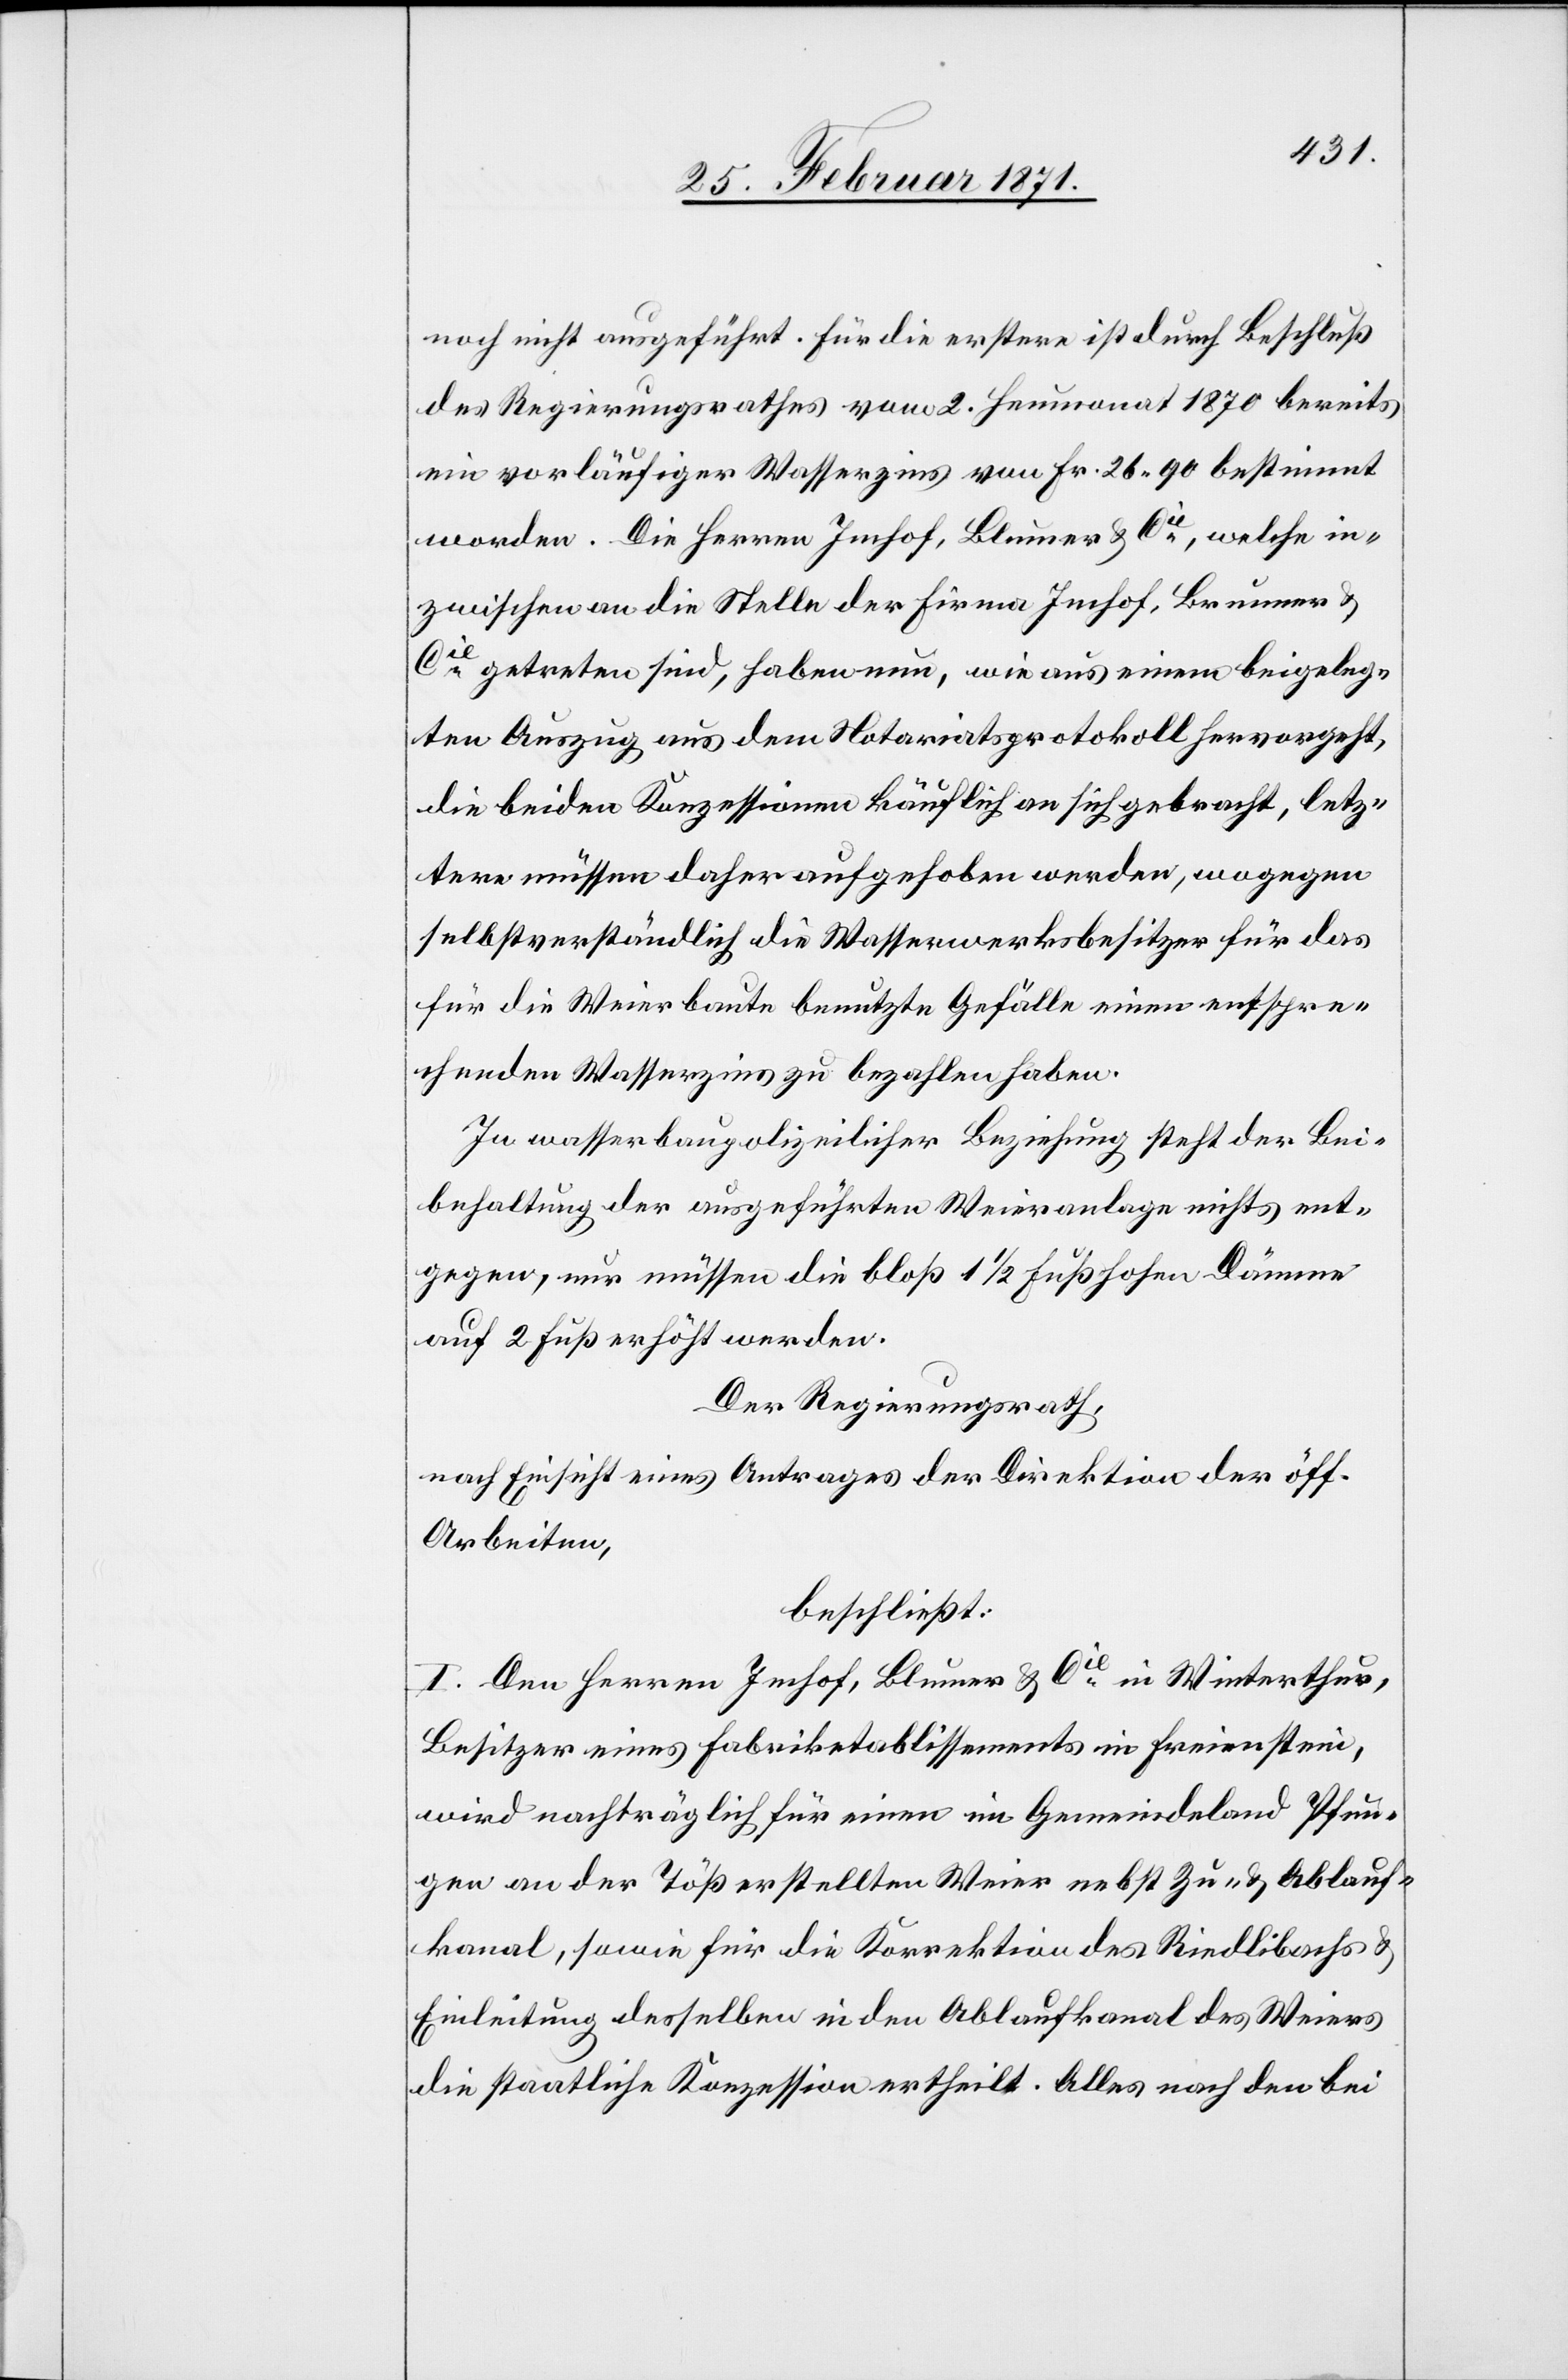
noch nicht ausgeführt. Für die erstere ist durch Beschluß
des Regierungsrathes vom 2. Heumonat 1870 bereits
ein vorläufiger Wasserzins von Fr. 26.90 bestimmt
worden. Die Herren Imhof, Blumer & Cie. welche in¬
zwischen an die Stelle der Firma Imhof, Brunner &
Cie. getreten sind, haben nun, wie aus einem beigeleg¬
ten Auszug aus dem Notariatsprotokoll hervorgeht,
die beiden Konzessionen käuflich an sich gebracht, letz¬
tere müssen daher aufgehoben werden, wogegen
selbstverständlich die Wasserwerksbesitzer für das
für die Weierbaute benutzte Gefälle einen entspre¬
chenden Wasserzins zu bezahlen haben.
In wasserbaupolizeilicher Beziehung steht der Bei¬
behaltung der ausgeführten Weieranlage nichts ent¬
gegen, nur müssen die bloß 1 ½ Fuß hohen Dämme
auf 2 Fuß erhöht werden.
Der Regierungsrath,
nach Einsicht eines Antrages der Direktion der öff.
Arbeiten,
beschließt:
I. Den Herren Imhof, Blumer & Cie. in Winterthur,
Besitzer eines Fabriketablissements in Freienstein,
wird nachträglich für einen im Gemeindeland Pfun¬
gen an der Töß erstellten Weier nebst Zu- u. Ablauf¬
kanal, sowie für die Korrektion des Rindlibaches u.
Einleitung desselben in den Ablaufkanal des Weiers
die staatliche Konzession ertheilt. Alles nach den bei